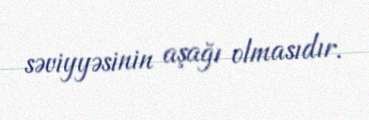
səviyyəsinin aşağı olmasıdır.